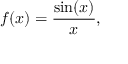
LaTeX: f ( x ) = { \frac { \sin ( x ) } { x } } ,